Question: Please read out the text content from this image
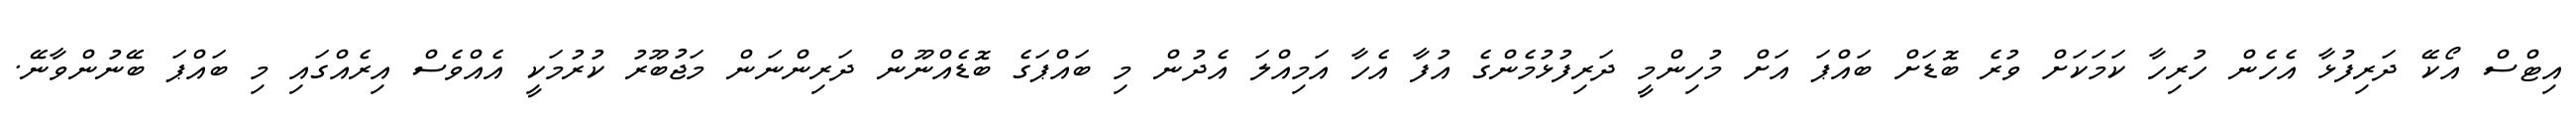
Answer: އިޓްސް އޯކޭ ދަރިފުޅާ އެހެން ހުރިހާ ކަމަކަށް ވުރެ ބޮޑަށް ބައްޕަ އަށް މުހިންމީ ދަރިފުޅުމެންގެ އުފާ އެހާ އަމިއްލަ އެދުން މި ބައްޕަގެ ބޮޑެއްނޫން ދަރިންނަން މަޖުބޫރު ކުރުމަކީ އެއްވެސް އިރެއްގައި މި ބައްޕަ ބޭނުންވާނޭ.